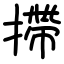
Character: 摕